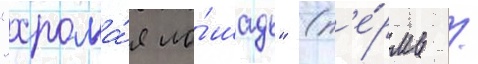
"хрома́я ло́шадь" (п'е́рмь /